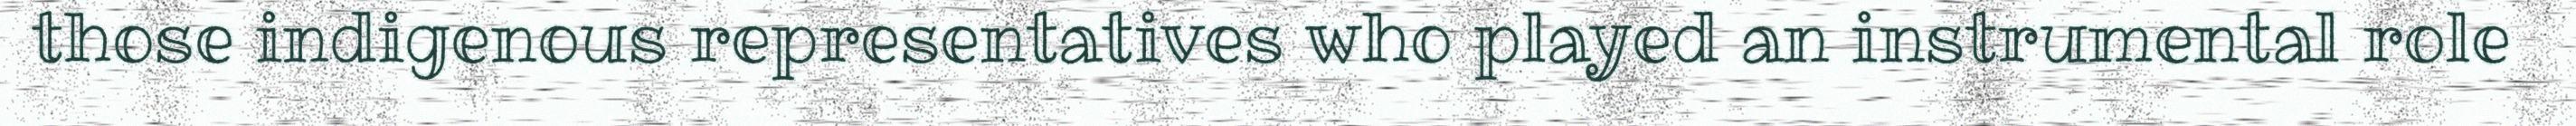
those indigenous representatives who played an instrumental role